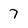
Character: 7